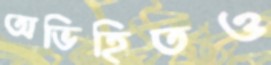
অভিহিতও